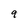
Character: 9